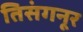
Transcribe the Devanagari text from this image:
तिसंगनूर